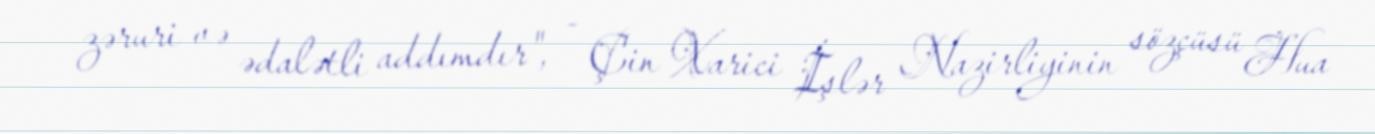
zəruri və ədalətli addımdır", - Çin Xarici İşlər Nazirliyinin sözçüsü Hua